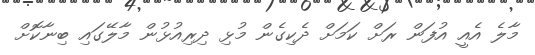
މާލެ އެއީ އުފަން ރަށް ކަމަށް ދެކިގެން މުޅި ދިިރިއުޅުން މާލޭގައި ބިނާކޮށް